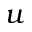
u